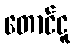
တောင်ငူ